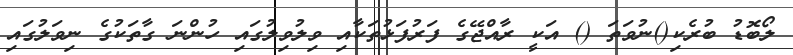
ލޯބޮޑު ބުރެކި()ނުވަތަ () އަކީ ރާއްޖޭގެ ފަރުފަޅުތަކާއި ވިލުވިލުގައި ހުންނަ ގާތަކުގެ ނިވަލުގައި